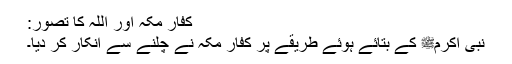
کفارِ مکہ اور اللہ کا تصور:
نبی اکرمﷺ کے بتائے ہوئے طریقے پر کفارِ مکہ نے چلنے سے انکار کر دیا۔